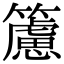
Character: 𥶌